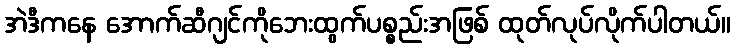
အဲဒီကနေ အောက်ဆီဂျင်ကိုဘေးထွက်ပစ္စည်းအဖြစ် ထုတ်လုပ်လိုက်ပါတယ်။